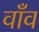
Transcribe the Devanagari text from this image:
वाँव